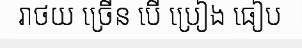
រាថយ ច្រើន បើ ប្រៀង ធៀប